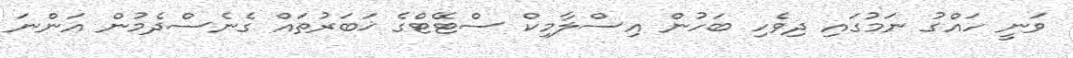
ވަނީ ހައްގު ނަމުގައި ދިވެހި ބަހުން އިސްލާމިކް ސްޓޭޓްގެ ޚަބަރުތައް ގެނެސްދެމުން އަންނަ